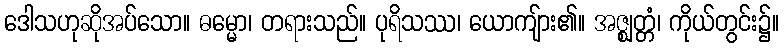
ဒေါသဟုဆိုအပ်သော။ ဓမ္မော၊ တရားသည်။ ပုရိသဿ၊ ယောကျ်ား၏။ အဇ္ဈတ္တံ၊ ကိုယ်တွင်း၌။